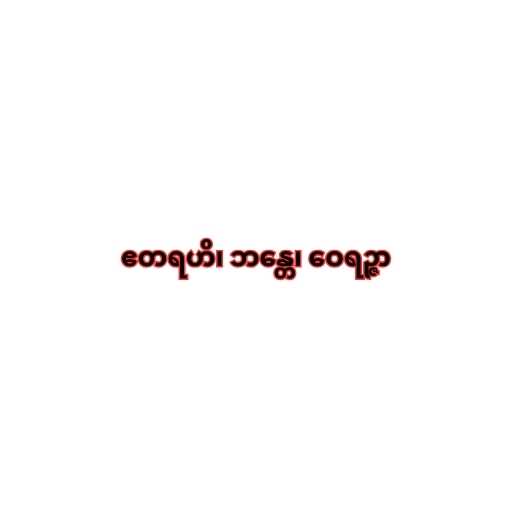
ဧတရဟိ၊ ဘန္တေ၊ ဝေရဉ္ဇာ